Language: tamil
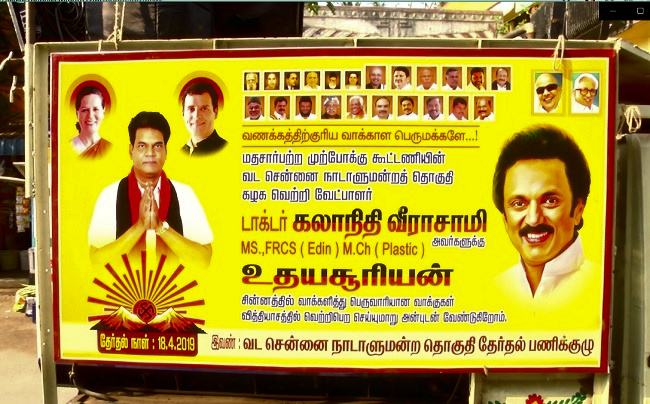
Transcription: செய்யுமாறு தொகுதி வாக்காள பெருமக்களே முற்போக்கு கூட்டணியின் சென்னை நாடாளுமன்றத் தொகுதி கழக வேட்பாளா் டாக்டர் வீராசாமி உதயசூரியன் சின்னத்தில் வாக்களித்து பெருவாரியான வாக்குகள் வித்தியாசத்தில் அன்புடன் வேண்டுகிறோம் வட தேர்தல் பணிக்குழு வெற்றி வணக்கத்திற்குரிய சென்னை கலாநிதி வட நாடாளுமன்ற தேர்தல் மதசார்பற்ற வெற்றிபெற